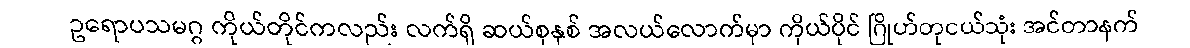
ဥရောပသမဂ္ဂ ကိုယ်တိုင်ကလည်း လက်ရှိ ဆယ်စုနှစ် အလယ်လောက်မှာ ကိုယ်ပိုင် ဂြိုဟ်တုငယ်သုံး အင်တာနက်